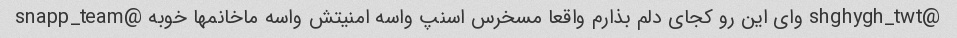
@shghygh_twt وای این رو کجای دلم بذارم واقعا مسخرس اسنپ واسه امنیتش واسه ماخانمها خوبه @snapp_team